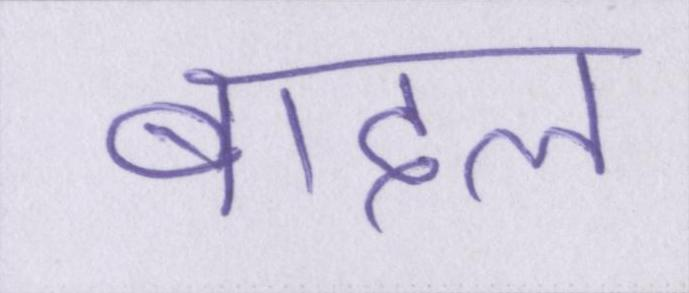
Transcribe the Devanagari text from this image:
बादल